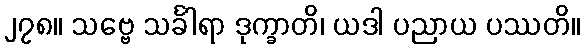
၂၇၈။ သဗ္ဗေ သင်္ခါရာ ဒုက္ခာတိ၊ ယဒါ ပညာယ ပဿတိ။